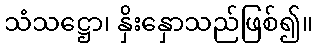
သံသဋ္ဌော၊ နှိးနှောသည်ဖြစ်၍။